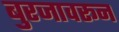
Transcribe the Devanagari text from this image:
बुरजावरून